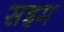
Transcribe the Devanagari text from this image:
सइम